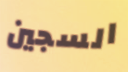
السجين